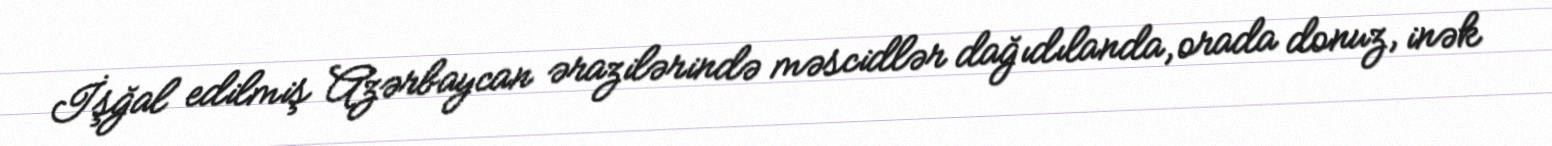
İşğal edilmiş Azərbaycan ərazilərində məscidlər dağıdılanda, orada donuz, inək